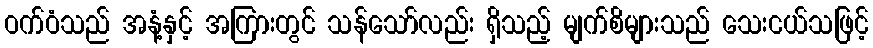
ဝက်ဝံသည် အနံ့နှင့် အကြားတွင် သန်သော်လည်း ရှိသည့် မျက်စိများသည် သေးငယ်သဖြင့်